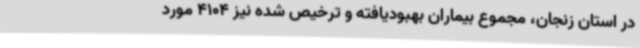
در استان زنجان، مجموع بیماران بهبودیافته و ترخیص شده نیز 4104 مورد